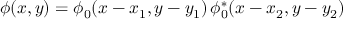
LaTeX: \phi ( x , y ) = \phi _ { 0 } ( x - x _ { 1 } , y - y _ { 1 } ) \, \phi _ { 0 } ^ { \ast } ( x - x _ { 2 } , y - y _ { 2 } )